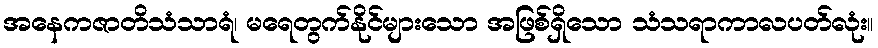
အနေကဇာတိသံသာရံ၊ မရေတွက်နိုင်များသော အဖြစ်ရှိသော သံသရာကာလပတ်လုံး။